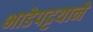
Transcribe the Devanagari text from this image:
भाडेपट्टयाने